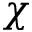
\chi